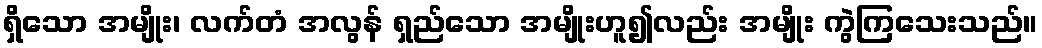
ရှိသော အမျိုး၊ လက်တံ အလွန် ရှည်သော အမျိုးဟူ၍လည်း အမျိုး ကွဲကြသေးသည်။